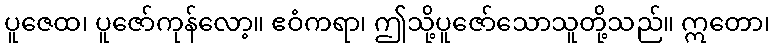
ပူဇေထ၊ ပူဇော်ကုန်လော့။ ဧဝံကရာ၊ ဤသို့ပူဇော်သောသူတို့သည်။ ဣတော၊